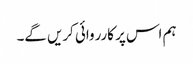
ہم اس پر کارروائی کریں گے۔